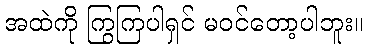
အထဲကို ကြွကြပါရှင် မဝင်တော့ပါဘူး။